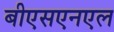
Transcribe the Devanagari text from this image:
बीएसएनएल